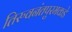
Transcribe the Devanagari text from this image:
तिरुवनंतपुरमकडे